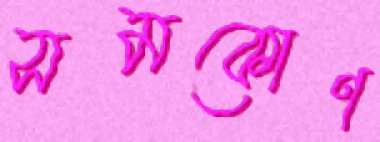
সমকোণ